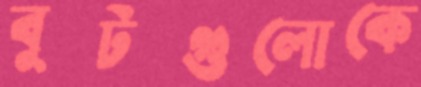
বুটগুলোকে